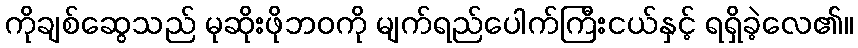
ကိုချစ်ဆွေသည် မုဆိုးဖိုဘဝကို မျက်ရည်ပေါက်ကြီးငယ်နှင့် ရရှိခဲ့လေ၏။